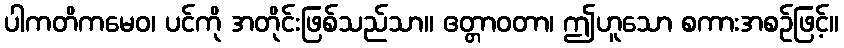
ပါကတိကမေဝ၊ ပင်ကို အတိုင်းဖြစ်သည်သာ။ ဧတ္တာဝတာ၊ ဤဟူသော စကားအစဉ်ဖြင့်။